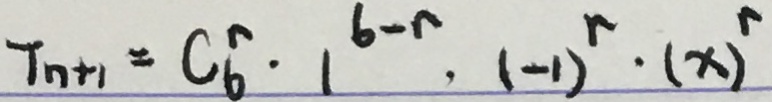
T _ { n + 1 } = C _ { b } ^ { n } \cdot 1 ^ { b - r } , ( - 1 ) ^ { r } \cdot ( x ) ^ { r }